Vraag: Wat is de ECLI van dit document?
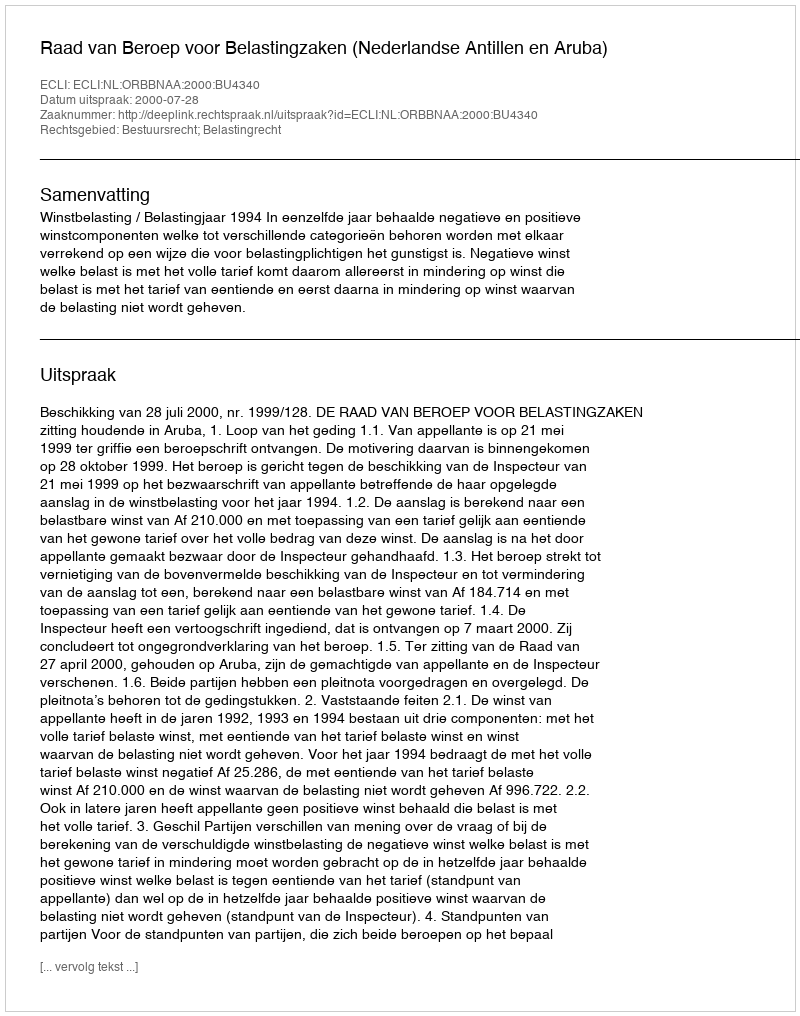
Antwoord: ECLI:NL:ORBBNAA:2000:BU4340